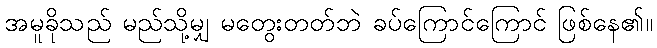
အမူခိုသည် မည်သို့မျှ မတွေးတတ်ဘဲ ခပ်ကြောင်ကြောင် ဖြစ်နေ၏။